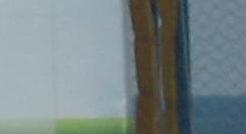
police